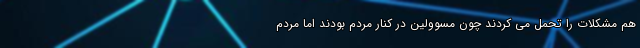
هم مشکلات را تحمل می کردند چون مسوولین در کنار مردم بودند اما مردم